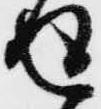
返